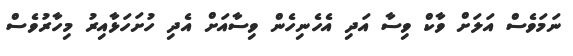
ނަމަވެސް އަލަށް ވާކް ވިސާ އަދި އެހެނިހެން ވިސާއަށް އެދި ހުށަހަޅާއިރު މިހާރުވެސް